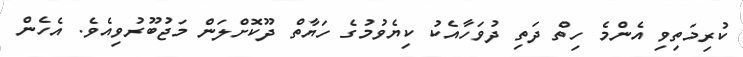
ކުރިމަތިވި އެންމެ ހިތް ދަތި ދުވަހާއެކު ކިޔެވުމުގެ ހަޔާތް ދޫކޮށްލަން މަޖުބޫރުވިއެވެ. އެހެން